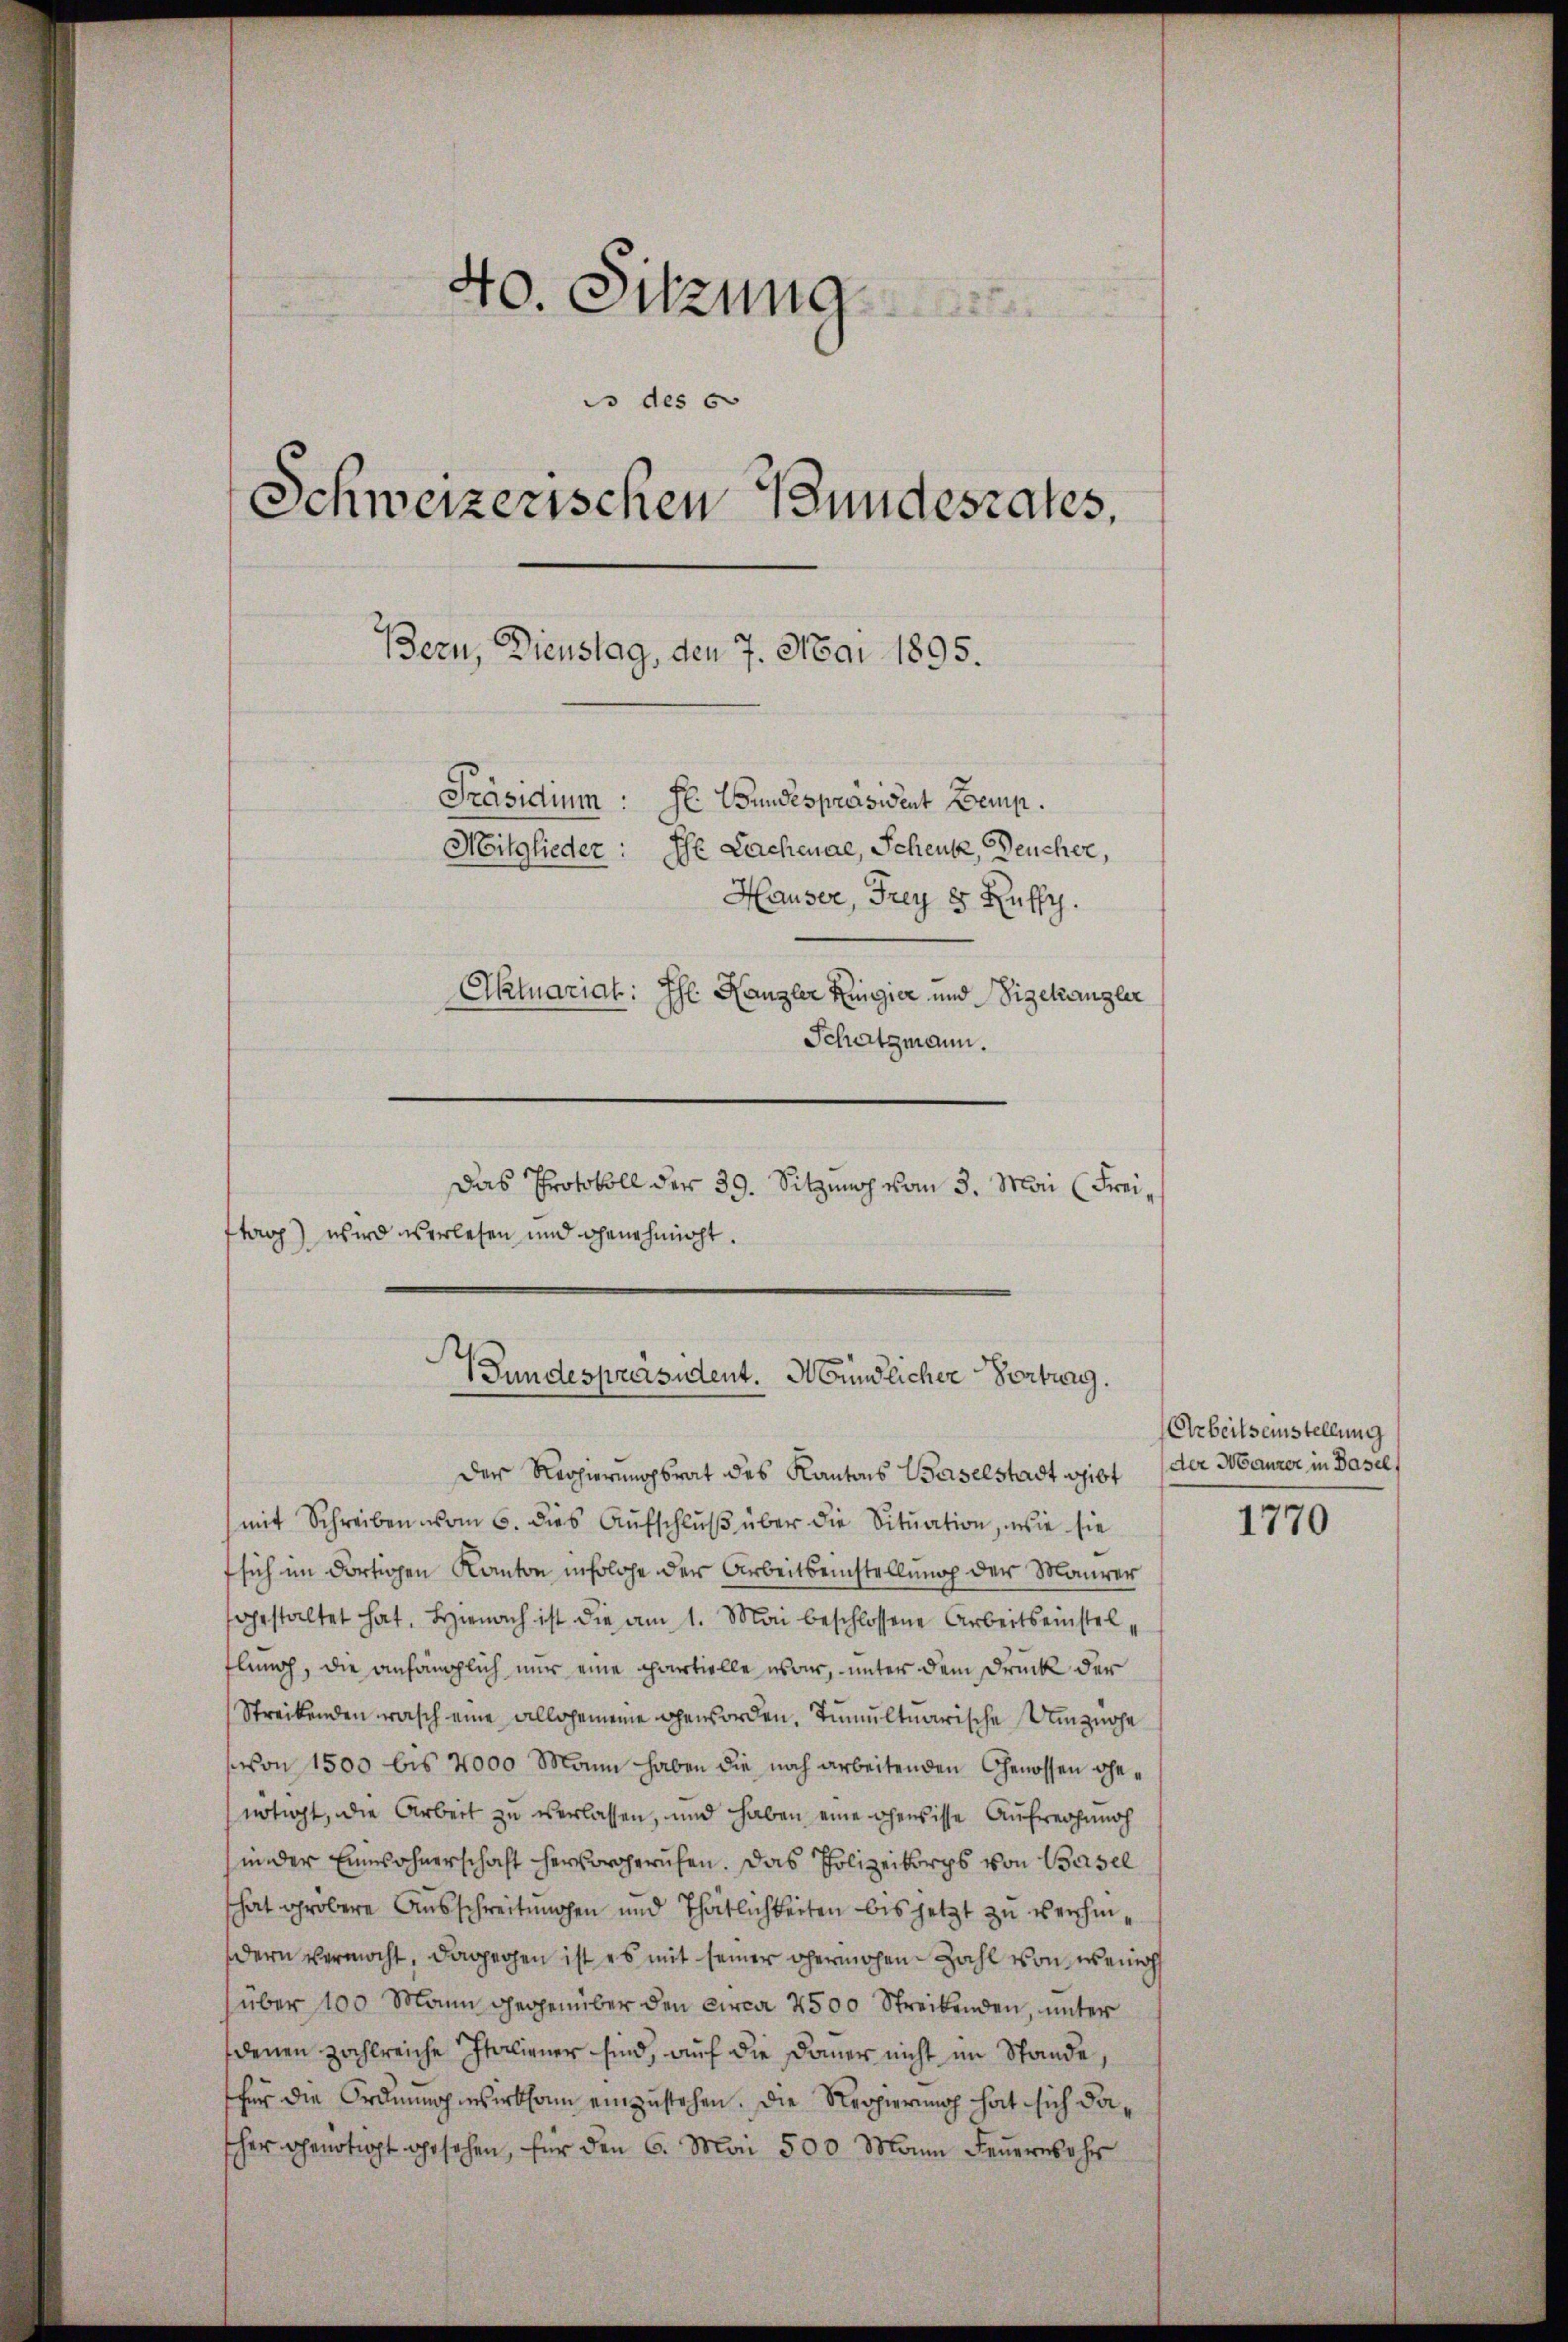
40. Sitzung
ds des 6
Schweizerischen Bundesrates,
Bern, Dienstag, den 7. Mai 1895.
Präsidium: He Bundespräsident Bemp.
Mitglieder: Ehe Lachenae, Schenk, Deucher,
Hauser, Frey 8 Rufs.
Aktuariat: Ihr Kanzler Regier und Wigetrangler
Schatzmann.
Das Protokoll der 39. Sitzung vom 3. Mai (Freiftag) wird verlesen und genehmigt.

Gundespräsident. Mündlicher Vortrag.

Der Regierungsrat des Kantons Baselstadt gibt
mit Schreiben vom 6. dies Aufschluß über die Situation, wie sie
sich im dortigen Kanton insolche der Arbeitseinstellung der Maurer
gestaltet hat. Hienach ist die am 1. Mai beschlossene Arbeitseinstelflung, die anhänglich nur eine partielle war, unter dem Druck der
Streibenden rasch eine allgemeine geworden, Tumultuarische Umzuohe
von 1500 bis 2000 Mann haben die noch arbeitenden Genossen Genötigt, die Arbeit zu verlassen, und haben eine ehewisse Aufrechung
in der Einwohnerschaft hervorgeruhen. Das Polizeikorps von Basel
That grobere Ausschreitungen und Thätlichkeiten bis jetzt zu verhindern vermocht, dagegen ist es mit seiner hermohen Zahl von wenig
über 100 Mann gegenüber den circa 2500 Streibenden, unter
denen zahlreiche Italiener sind, auf die Dauer nicht im Stande,
für die Ordnung wirksam einzustehen. Die Regierung hat sich dascher genötigt gesehen, für den 6. Mai 500 Mann Feŭernah

Arbeitseinstellung
der Maurer in Basel,

1770